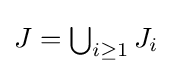
{\textstyle J=\bigcup _{i\geq 1}J_{i}}